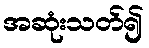
အဆုံးသတ်၍